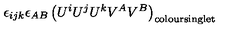
\epsilon _ { i j k } \epsilon _ { A B } \left( U ^ { i } U ^ { j } U ^ { k } V ^ { A } V ^ { B } \right) _ { \mathrm { c o l o u r s i n g l e t } }